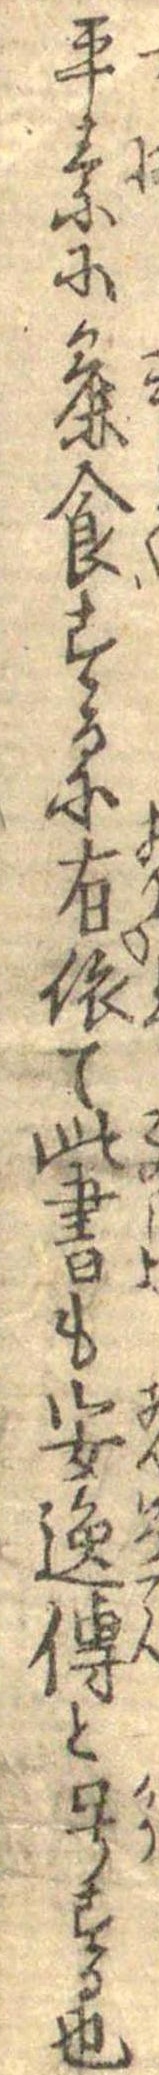
平素に麁食するに有依て此書も安逸伝と号する也